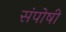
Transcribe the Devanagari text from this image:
संपोषी